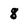
Character: 8